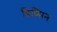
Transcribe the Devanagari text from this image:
डिप्सिन